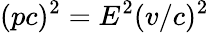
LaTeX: (pc)^{2}=E^{2}(v/c)^{2}